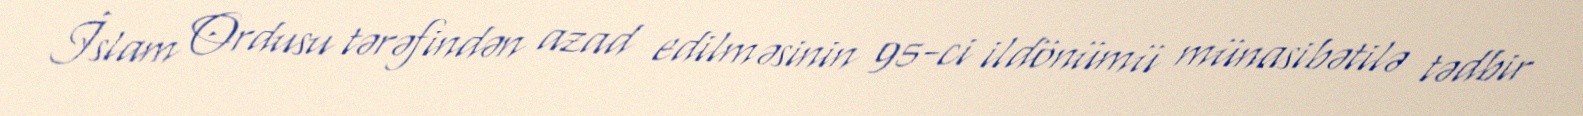
İslam Ordusu tərəfindən azad edilməsinin 95-ci ildönümü münasibətilə tədbir